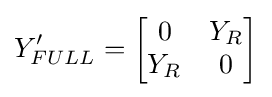
Y'_{FULL}={\begin{bmatrix}0&Y_{R}\\Y_{R}&0\end{bmatrix}}